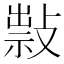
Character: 𢿆